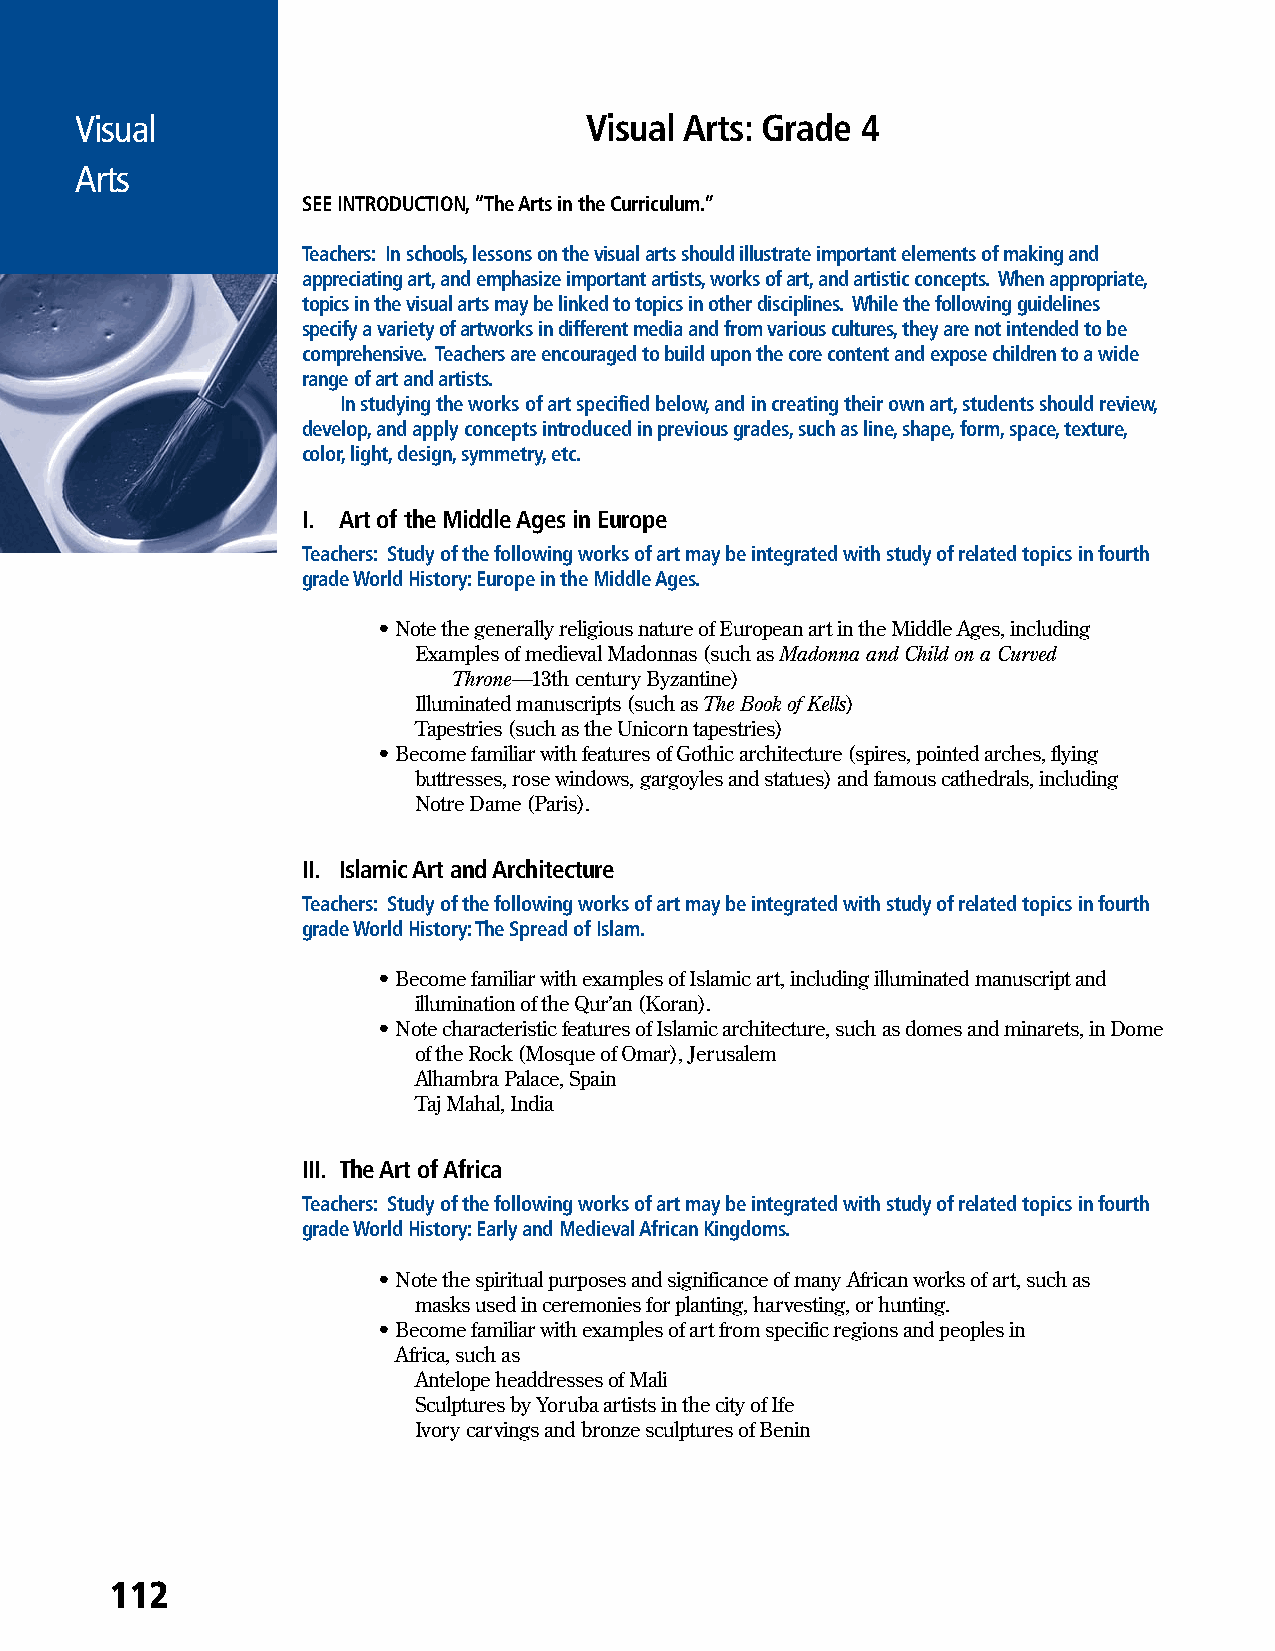
Visual                            Visual Arts: Grade 4
 Arts
 SEE INTRODUCTION, “The Arts in the Curriculum.”
 Teachers: In schools, lessons on the visual arts should illustrate important elements of making and
 appreciating art, and emphasize important artists, works of art, and artistic concepts. When appropriate,
 topics in the visual arts may be linked to topics in other disciplines. While the following guidelines
 specify a variety of artworks in different media and from various cultures, they are not intended to be
 comprehensive. Teachers are encouraged to build upon the core content and expose children to a wide
 range of art and artists.
 In studying the works of art specified below, and in creating their own art, students should review,
 develop, and apply concepts introduced in previous grades, such as line, shape, form, space, texture,
 color, light, design, symmetry, etc.
 I. Art of the Middle Ages in Europe
 Teachers: Study of the following works of art may be integrated with study of related topics in fourth
 grade World History: Europe in the Middle Ages.
 • Note the generally religious nature of European art in the Middle Ages, including
 Examples of medieval Madonnas (such as Madonna and Child on a Curved
 Throne—13th century Byzantine)
 Illuminated manuscripts (such as The Book of Kells)
 Tapestries (such as the Unicorn tapestries)
 • Become familiar with features of Gothic architecture (spires, pointed arches, flying
 buttresses, rose windows, gargoyles and statues) and famous cathedrals, including
 Notre Dame (Paris).
 II. Islamic Art and Architecture
 Teachers: Study of the following works of art may be integrated with study of related topics in fourth
 grade World History: The Spread of Islam.
 • Become familiar with examples of Islamic art, including illuminated manuscript and
 illumination of the Qur’an (Koran).
 • Note characteristic features of Islamic architecture, such as domes and minarets, in Dome
 of the Rock (Mosque of Omar), Jerusalem
 Alhambra Palace, Spain
 Taj Mahal, India
 III. The Art of Africa
 Teachers: Study of the following works of art may be integrated with study of related topics in fourth
 grade World History: Early and Medieval African Kingdoms.
 • Note the spiritual purposes and significance of many African works of art, such as
 masks used in ceremonies for planting, harvesting, or hunting.
 • B ecome familiar with examples of art from specific regions and peoples in
 Africa, such as
 Antelope headdresses of Mali
 Sculptures by Yoruba artists in the city of Ife
 Ivory carvings and bronze sculptures of Benin
 112